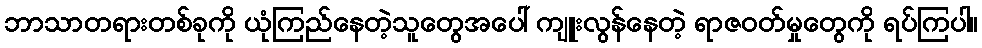
ဘာသာတရားတစ်ခုကို ယုံကြည်နေတဲ့သူတွေအပေါ် ကျူးလွန်နေတဲ့ ရာဇဝတ်မှုတွေကို ရပ်ကြပါ။